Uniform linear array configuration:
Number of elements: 24
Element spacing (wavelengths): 0.75
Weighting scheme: binomial
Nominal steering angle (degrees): -15
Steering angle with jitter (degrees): -15.185
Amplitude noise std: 0.05
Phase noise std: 0.05

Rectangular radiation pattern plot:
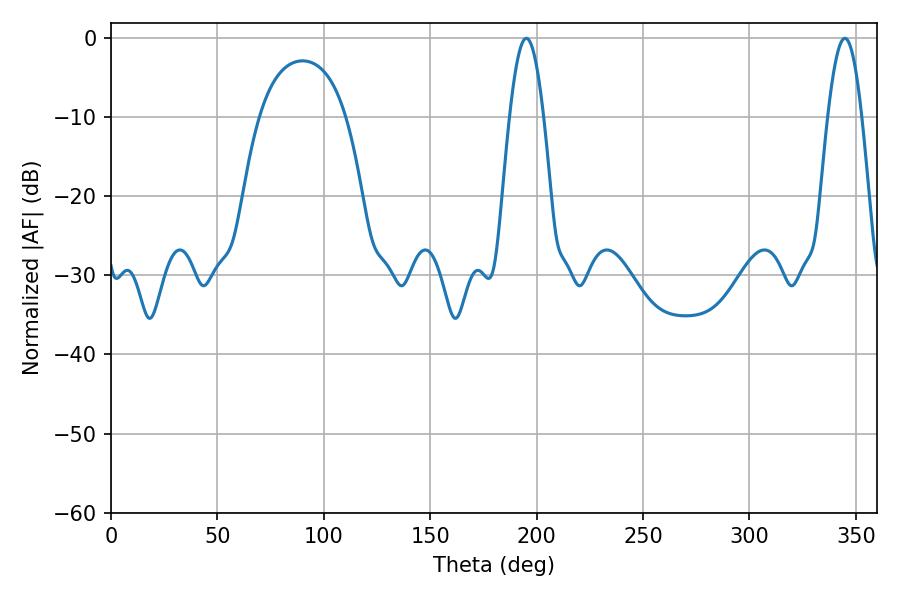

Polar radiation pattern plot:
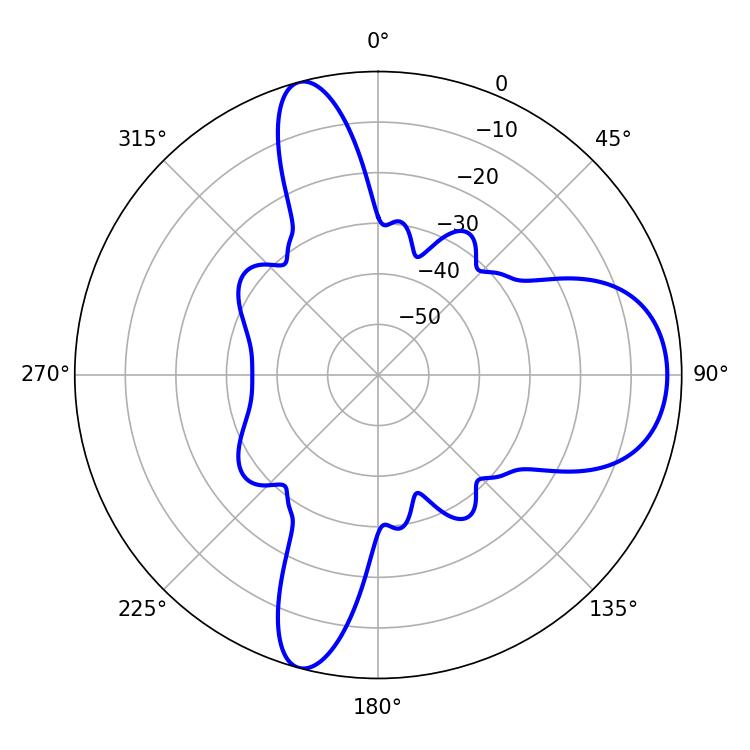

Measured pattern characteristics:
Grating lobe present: TRUE
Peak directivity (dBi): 10.661
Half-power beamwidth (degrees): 8.64
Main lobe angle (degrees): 195.12